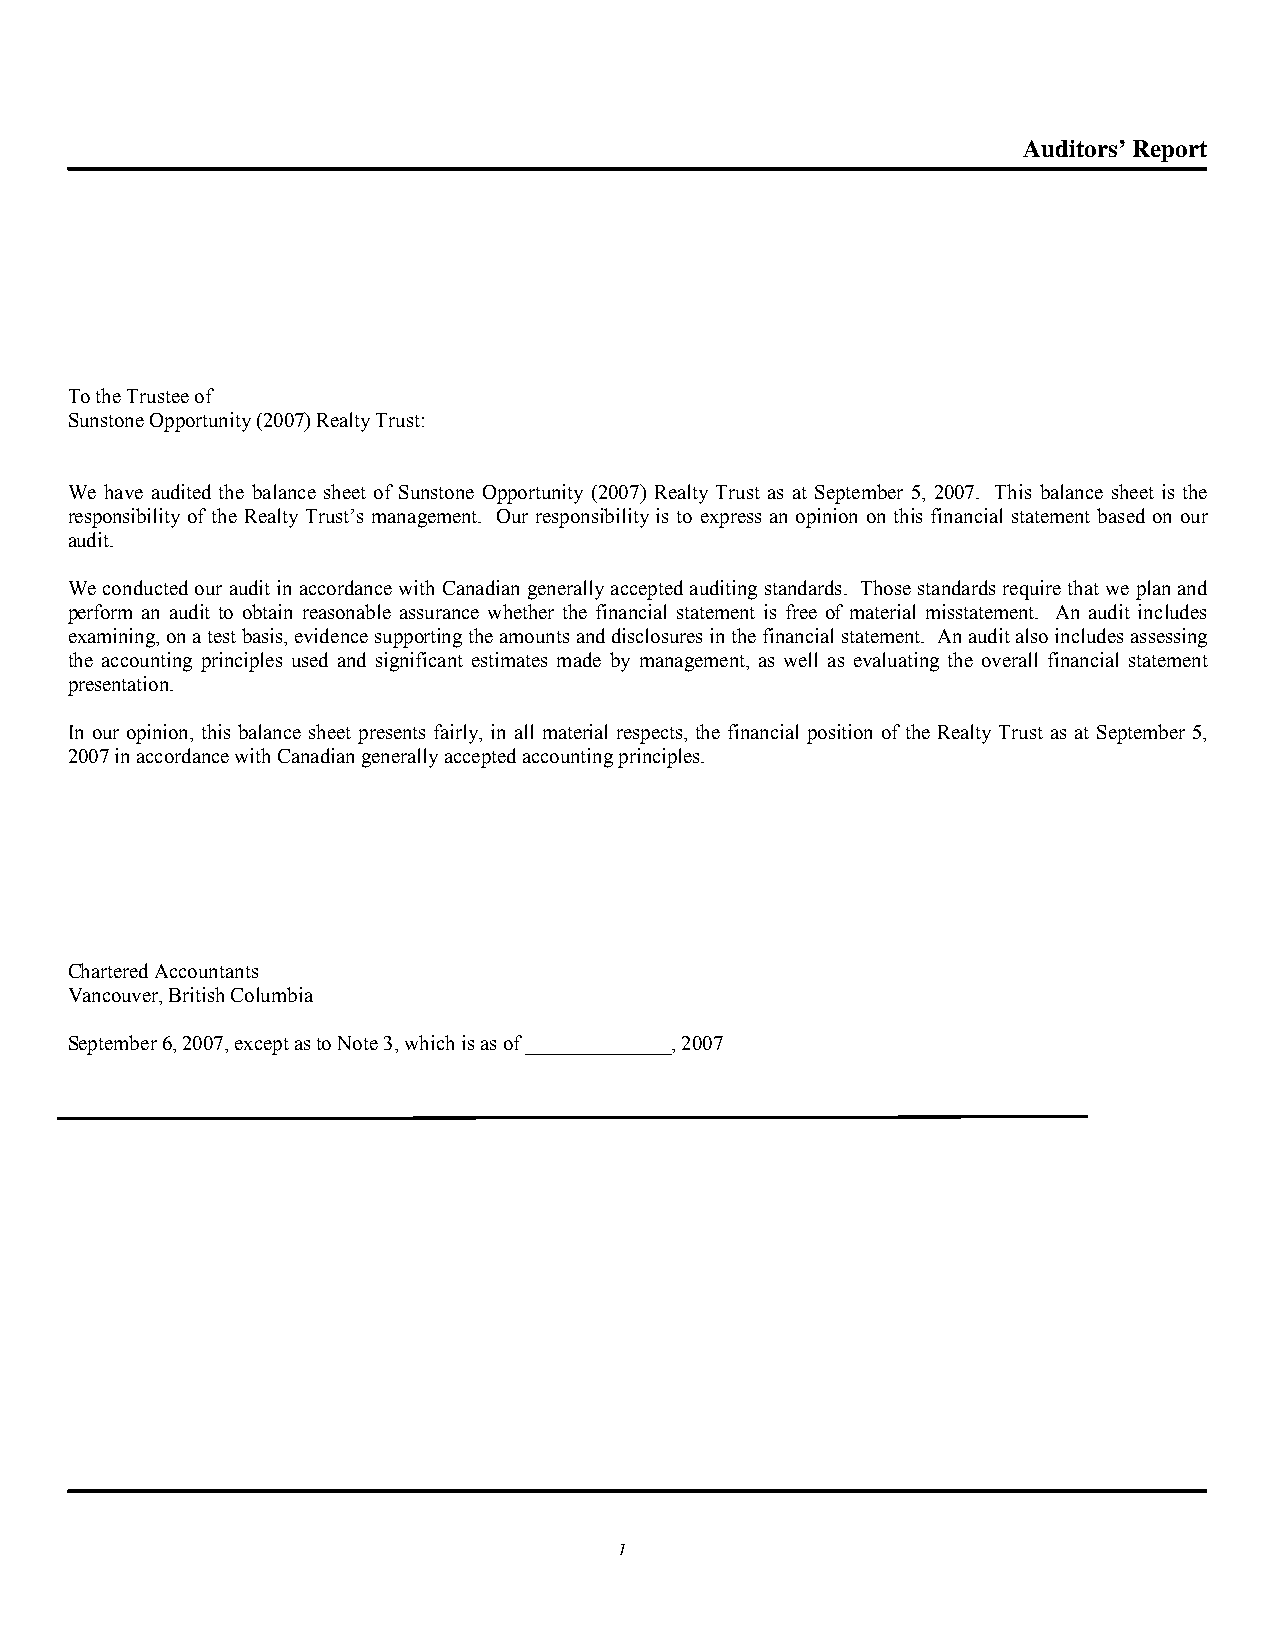
Auditors’ Report
 To the Trustee of
 Sunstone Opportunity (2007) Realty Trust:
 We have audited the balance sheet of Sunstone Opportunity (2007) Realty Trust as at September 5, 2007. This balance sheet is the
 responsibility of the Realty Trust’s management. Our responsibility is to express an opinion on this financial statement based on our
 audit.
 We conducted our audit in accordance with Canadian generally accepted auditing standards. Those standards require that we plan and
 perform an audit to obtain reasonable assurance whether the financial statement is free of material misstatement. An audit includes
 examining, on a test basis, evidence supporting the amounts and disclosures in the financial statement. An audit also includes assessing
 the accounting principles used and significant estimates made by management, as well as evaluating the overall financial statement
 presentation.
 In our opinion, this balance sheet presents fairly, in all material respects, the financial position of the Realty Trust as at September 5,
 2007 in accordance with Canadian generally accepted accounting principles.
 Chartered Accountants
 Vancouver, British Columbia
 September 6, 2007, except as to Note 3, which is as of ______________, 2007
 1